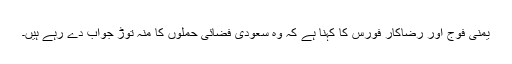
یمنی فوج اور رضاکار فورس کا کہنا ہے کہ وہ سعودی فضائی حملوں کا منہ توڑ جواب دے رہے ہیں۔